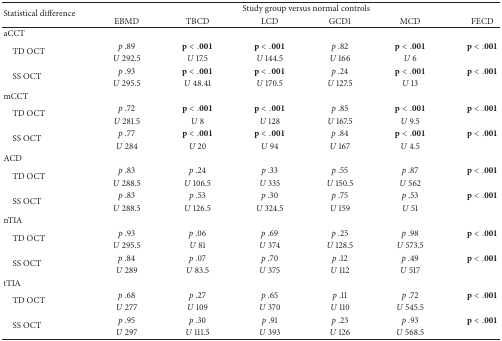
<table><thead><tr><td rowspan="2"><b>Statistical difference</b></td><td colspan="6"><b>Study group versus normal controls</b></td></tr><tr><td><b>EBMD</b></td><td><b>TBCD</b></td><td><b>LCD</b></td><td><b>GCD1</b></td><td><b>MCD</b></td><td><b>FECD</b></td></tr></thead><tbody><tr><td>aCCT</td><td> </td><td> </td><td> </td><td> </td><td> </td><td> </td></tr><tr><td rowspan="2"> TD OCT</td><td><i>p</i> .89</td><td><b>p</b> &lt; .001</td><td><b>p</b> &lt; .001</td><td><i>p</i> .82 </td><td><b>p</b> &lt; .001</td><td><b>p</b> &lt; .001</td></tr><tr><td><i>U</i> 292.5</td><td><i>U</i> 17.5</td><td><i>U</i> 144.5</td><td><i>U</i> 166</td><td><i>U</i> 6</td><td> </td></tr><tr><td rowspan="2"> SS OCT</td><td><i>p</i> .93</td><td><b>p</b> &lt; .001</td><td><b>p</b> &lt; .001</td><td><i>p</i> .24</td><td><b>p</b> &lt; .001</td><td><b>p</b> &lt; .001</td></tr><tr><td><i>U</i> 295.5</td><td><i>U</i> 48.41</td><td><i>U</i> 170.5</td><td><i>U</i> 127.5</td><td><i>U</i> 13</td><td> </td></tr><tr><td>mCCT</td><td> </td><td> </td><td> </td><td> </td><td> </td><td> </td></tr><tr><td rowspan="2"> TD OCT</td><td><i>p</i> .72</td><td><b>p</b> &lt; .001</td><td><b>p</b> &lt; .001</td><td><i>p</i> .85</td><td><b>p</b> &lt; .001</td><td><b>p</b> &lt; .001</td></tr><tr><td><i>U</i> 281.5</td><td><i>U</i> 8</td><td><i>U</i> 128</td><td><i>U</i> 167.5</td><td><i>U</i> 9.5</td><td> </td></tr><tr><td rowspan="2"> SS OCT</td><td><i>p</i> .77</td><td><b>p</b> &lt; .001</td><td><b>p</b> &lt; .001</td><td><i>p</i> .84</td><td><b>p</b> &lt; .001</td><td><b>p</b> &lt; .001</td></tr><tr><td><i>U</i> 284</td><td><i>U</i> 20</td><td><i>U</i> 94</td><td><i>U</i> 167</td><td><i>U</i> 4.5</td><td> </td></tr><tr><td>ACD</td><td> </td><td> </td><td> </td><td> </td><td> </td><td> </td></tr><tr><td rowspan="2"> TD OCT</td><td><i>p</i> .83</td><td><i>p</i> .24</td><td><i>p</i> .33</td><td><i>p</i> .55</td><td><i>p</i> .87</td><td><b>p</b> &lt; .001</td></tr><tr><td><i>U</i> 288.5</td><td><i>U</i> 106.5</td><td><i>U</i> 335</td><td><i>U</i> 150.5</td><td><i>U</i> 562</td><td> </td></tr><tr><td rowspan="2"> SS OCT</td><td><i>p</i> .83</td><td><i>p</i> .53</td><td><i>p</i> .30</td><td><i>p</i> .75</td><td><i>p</i> .53</td><td><b>p</b> &lt; .001</td></tr><tr><td><i>U</i> 288.5</td><td><i>U</i> 126.5</td><td><i>U</i> 324.5</td><td><i>U</i> 159</td><td><i>U</i> 51</td><td> </td></tr><tr><td>nTIA</td><td> </td><td> </td><td> </td><td> </td><td> </td><td> </td></tr><tr><td rowspan="2"> TD OCT</td><td><i>p</i> .93</td><td><i>p</i> .06</td><td><i>p</i> .69</td><td><i>p</i> .25</td><td><i>p</i> .98</td><td><b>p</b> &lt; .001</td></tr><tr><td><i>U</i> 295.5</td><td><i>U</i> 81</td><td><i>U</i> 374</td><td><i>U</i> 128.5</td><td><i>U</i> 573.5</td><td> </td></tr><tr><td rowspan="2"> SS OCT</td><td><i>p</i> .84</td><td><i>p</i> .07</td><td><i>p</i> .70</td><td><i>p</i> .12</td><td><i>p</i> .49</td><td><b>p</b> &lt; .001</td></tr><tr><td><i>U</i> 289</td><td><i>U</i> 83.5</td><td><i>U</i> 375</td><td><i>U</i> 112</td><td><i>U</i> 517</td><td> </td></tr><tr><td>tTIA</td><td> </td><td> </td><td> </td><td> </td><td> </td><td> </td></tr><tr><td rowspan="2"> TD OCT</td><td><i>p</i> .68</td><td><i>p</i> .27</td><td><i>p</i> .65</td><td><i>p</i> .11</td><td><i>p</i> .72</td><td><b>p</b> &lt; .001</td></tr><tr><td><i>U</i> 277</td><td><i>U</i> 109</td><td><i>U</i> 370</td><td><i>U</i> 110</td><td><i>U</i> 545.5</td><td> </td></tr><tr><td rowspan="2"> SS OCT</td><td><i>p</i> .95</td><td><i>p</i> .30</td><td><i>p</i> .91</td><td><i>p</i> .23</td><td><i>p</i> .93</td><td><b>p</b> &lt; .001</td></tr><tr><td><i>U</i> 297</td><td><i>U</i> 111.5</td><td><i>U</i> 393</td><td><i>U</i> 126</td><td><i>U</i> 568.5</td><td> </td></tr></tbody></table>